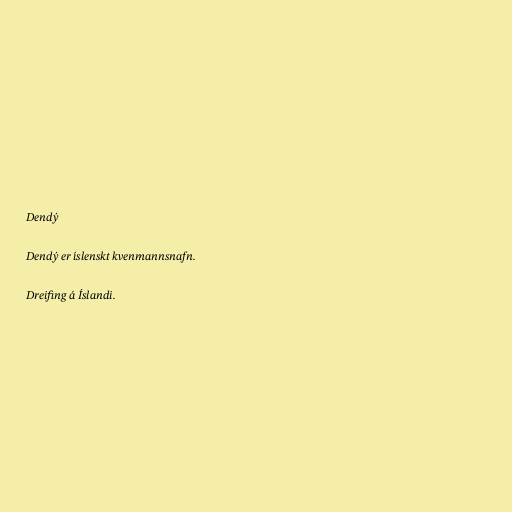
Dendý

Dendý er íslenskt kvenmannsnafn.

Dreifing á Íslandi.